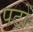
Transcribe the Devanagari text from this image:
पटों